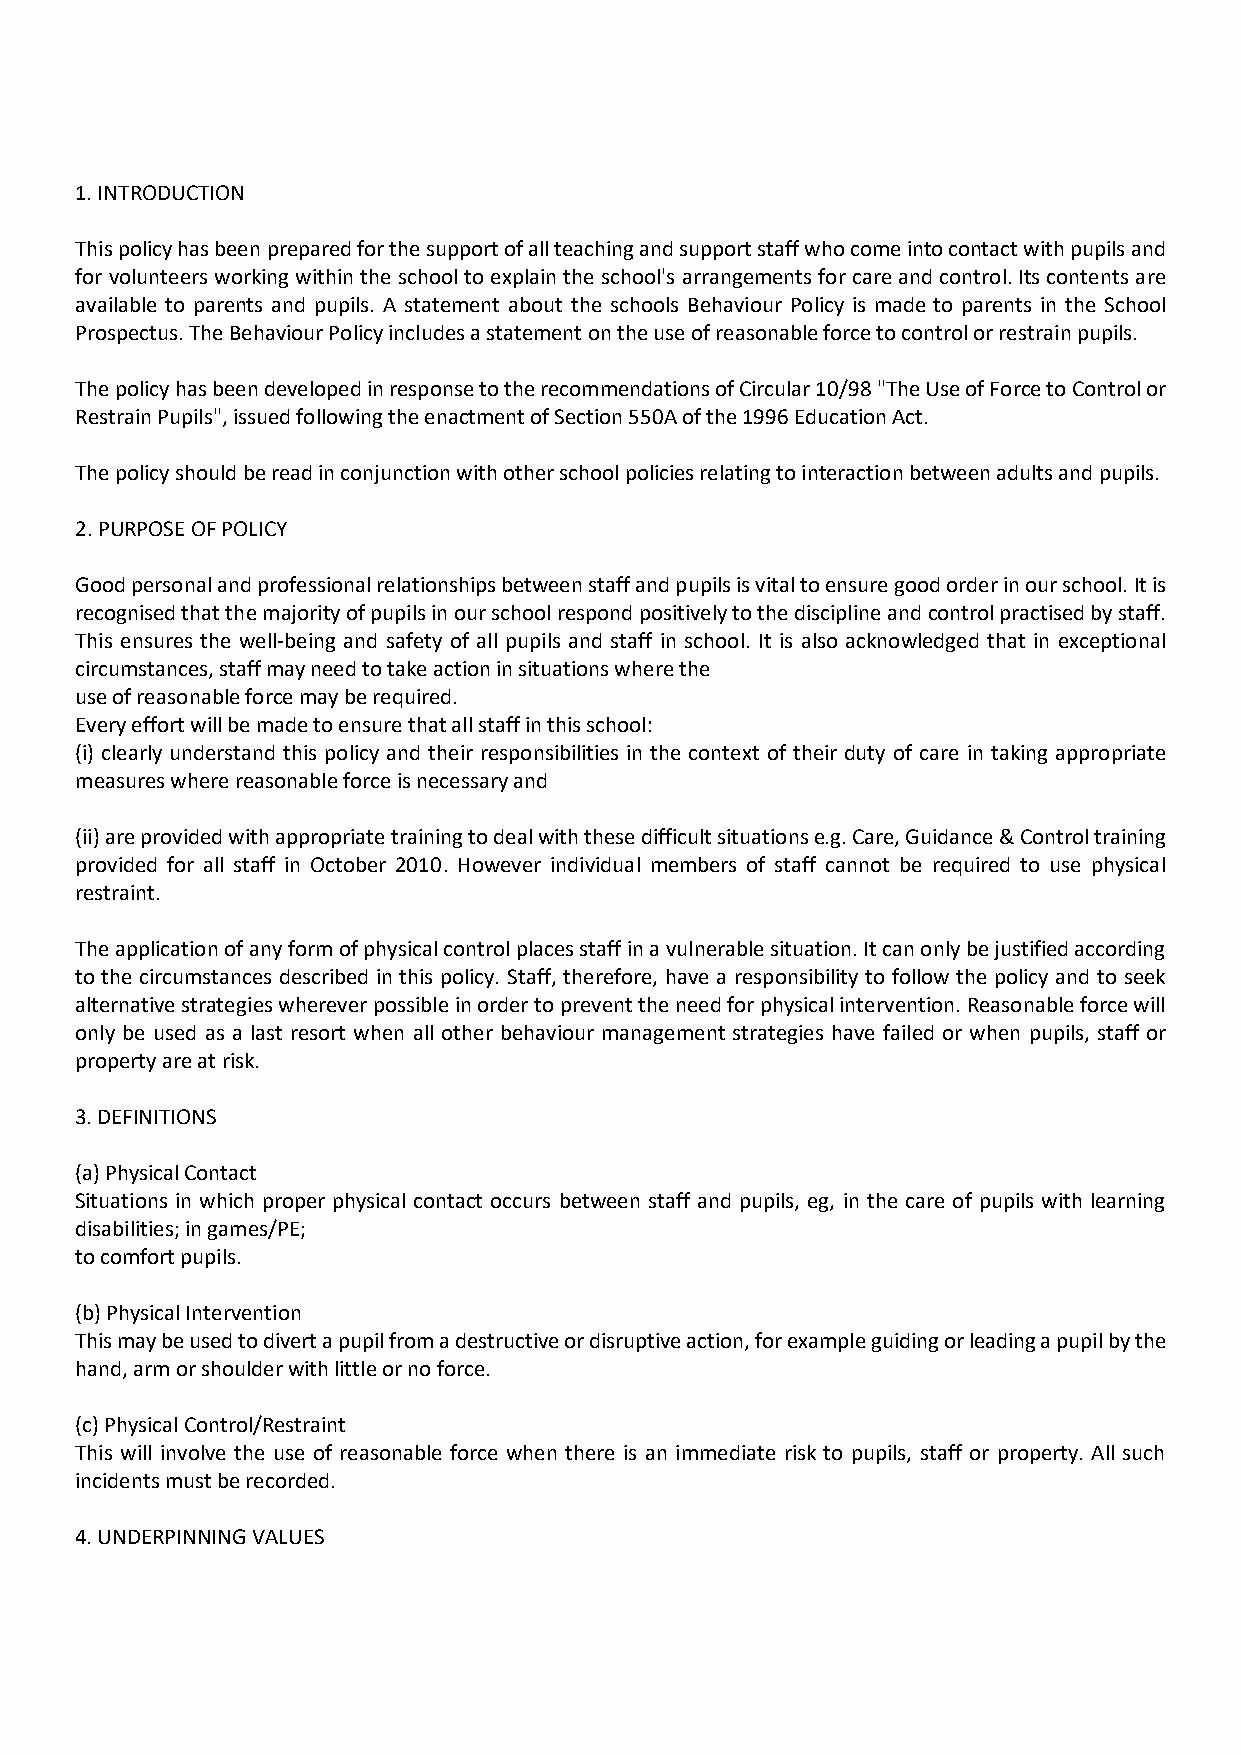
1. INTRODUCTION
 This policy has been prepared for the support of all teaching and support staff who come into contact with pupils and
 for volunteers working within the school to explain the school's arrangements for care and control. Its contents are
 available to parents and pupils. A statement about the schools Behaviour Policy is made to parents in the School
 Prospectus. The Behaviour Policy includes a statement on the use of reasonable force to control or restrain pupils.
 The policy has been developed in response to the recommendations of Circular 10/98 "The Use of Force to Control or
 Restrain Pupils", issued following the enactment of Section 550A of the 1996 Education Act.
 The policy should be read in conjunction with other school policies relating to interaction between adults and pupils.
 2. PURPOSE OF POLICY
 Good personal and professional relationships between staff and pupils is vital to ensure good order in our school. It is
 recognised that the majority of pupils in our school respond positively to the discipline and control practised by staff.
 This ensures the well-being and safety of all pupils and staff in school. It is also acknowledged that in exceptional
 circumstances, staff may need to take action in situations where the
 use of reasonable force may be required.
 Every effort will be made to ensure that all staff in this school:
 (i) clearly understand this policy and their responsibilities in the context of their duty of care in taking appropriate
 measures where reasonable force is necessary and
 (ii) are provided with appropriate training to deal with these difficult situations e.g. Care, Guidance & Control training
 provided for all staff in October 2010. However individual members of staff cannot be required to use physical
 restraint.
 The application of any form of physical control places staff in a vulnerable situation. It can only be justified according
 to the circumstances described in this policy. Staff, therefore, have a responsibility to follow the policy and to seek
 alternative strategies wherever possible in order to prevent the need for physical intervention. Reasonable force will
 only be used as a last resort when all other behaviour management strategies have failed or when pupils, staff or
 property are at risk.
 3. DEFINITIONS
 (a) Physical Contact
 Situations in which proper physical contact occurs between staff and pupils, eg, in the care of pupils with learning
 disabilities; in games/PE;
 to comfort pupils.
 (b) Physical Intervention
 This may be used to divert a pupil from a destructive or disruptive action, for example guiding or leading a pupil by the
 hand, arm or shoulder with little or no force.
 (c) Physical Control/Restraint
 This will involve the use of reasonable force when there is an immediate risk to pupils, staff or property. All such
 incidents must be recorded.
 4. UNDERPINNING VALUES